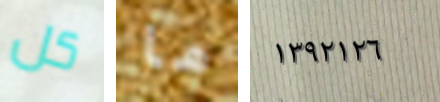
كل ما ١٣٩٢١٢٦